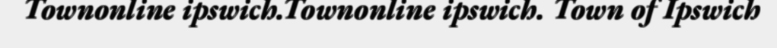
Townonline ipswich.Townonline ipswich. Town of Ipswich